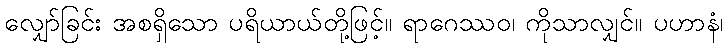
လျှော်ခြင်း အစရှိသော ပရိယာယ်တို့ဖြင့်။ ရာဂေဿဝ၊ ကိုသာလျှင်။ ပဟာနံ၊